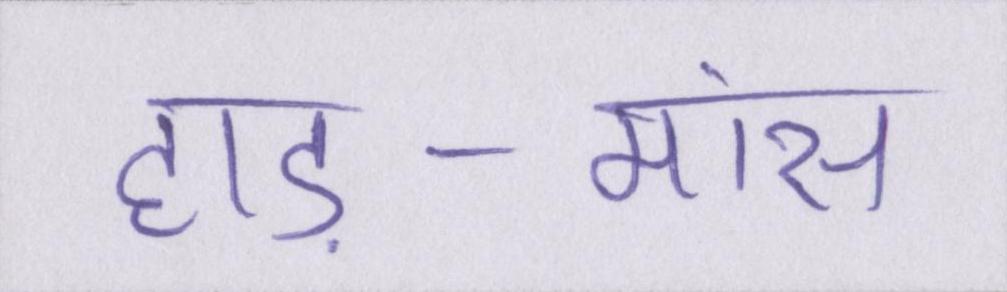
हाड़-मांस